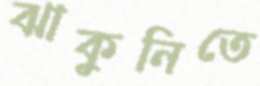
ঝাকুনিতে